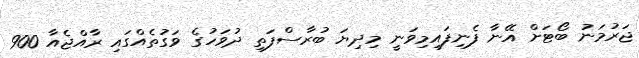
ޖަރުމަނު ބޯޓަށް އޭނާ ފެނިފައިމިވަނީ މިދިޔަ ބުރާސްފަތި ދުވަހުގެ ވަގުތެއްގައި ރާއްޖެއާ 900